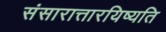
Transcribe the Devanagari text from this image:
संसारात्तारयिष्यति